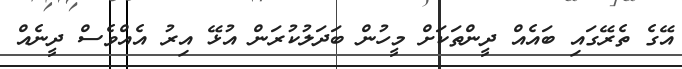
އޭގެ ތެރޭގައި ބައެއް ދީންތަކަށް މީހުން ބަދަލުކުރަން އުޅޭ އިރު އެއްވެސް ދީނެއް